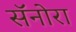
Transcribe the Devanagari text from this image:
सॅनोरा